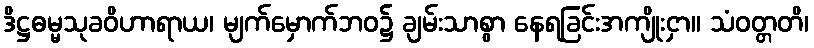
ဒိဋ္ဌဓမ္မသုခဝိဟာရာယ၊ မျက်မှောက်ဘဝ၌ ချမ်းသာစွာ နေရခြင်းအကျိုးငှာ။ သံဝတ္တတိ၊